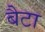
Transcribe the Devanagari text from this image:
बैटा